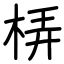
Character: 梇